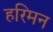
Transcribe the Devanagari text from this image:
हरिमन